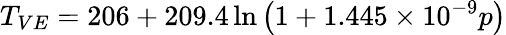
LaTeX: T_{VE}=206+209.4\ln\left(1+1.445\times 10^{-9}p\right)